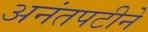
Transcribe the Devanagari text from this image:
अनंतपटीने